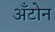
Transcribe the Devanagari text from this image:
अँटोन